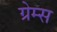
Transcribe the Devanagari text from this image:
ग्रेम्स